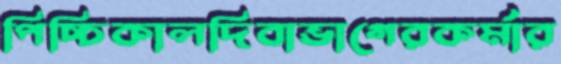
পিচ্চিকালদিবাভাগেরকর্মার